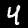
Digit: 4